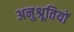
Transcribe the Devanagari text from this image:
अनुश्रूतियों